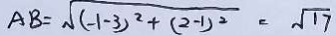
A B = \sqrt { ( - 1 - 3 ) ^ { 2 } + ( 2 - 1 ) ^ { 2 } } = \sqrt { 1 7 }